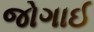
જોગાઈ